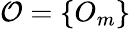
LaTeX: \mathcal{O}=\{ O_{m}\}